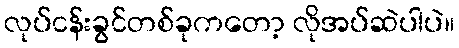
လုပ်ငန်းခွင်တစ်ခုကတော့ လိုအပ်ဆဲပါပဲ။